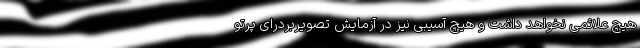
هیچ علائمی نخواهد داشت و هیچ آسیبی نیز در آزمایش تصویربردرای پرتو